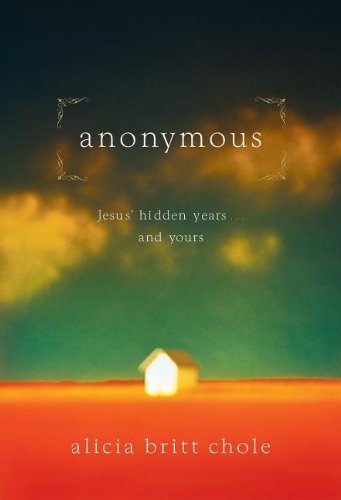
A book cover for Anonymous: Jesus' Hidden Years ... and Yours; Alicia Britt Chole; Christian Books & Bibles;